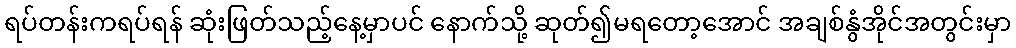
ရပ်တန်းကရပ်ရန် ဆုံးဖြတ်သည့်နေ့မှာပင် နောက်သို့ ဆုတ်၍မရတော့အောင် အချစ်နွံအိုင်အတွင်းမှာ